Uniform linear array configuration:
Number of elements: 32
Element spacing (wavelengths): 0.75
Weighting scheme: blackman
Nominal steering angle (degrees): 15
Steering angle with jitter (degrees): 15.735
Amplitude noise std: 0.05
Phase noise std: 0.05

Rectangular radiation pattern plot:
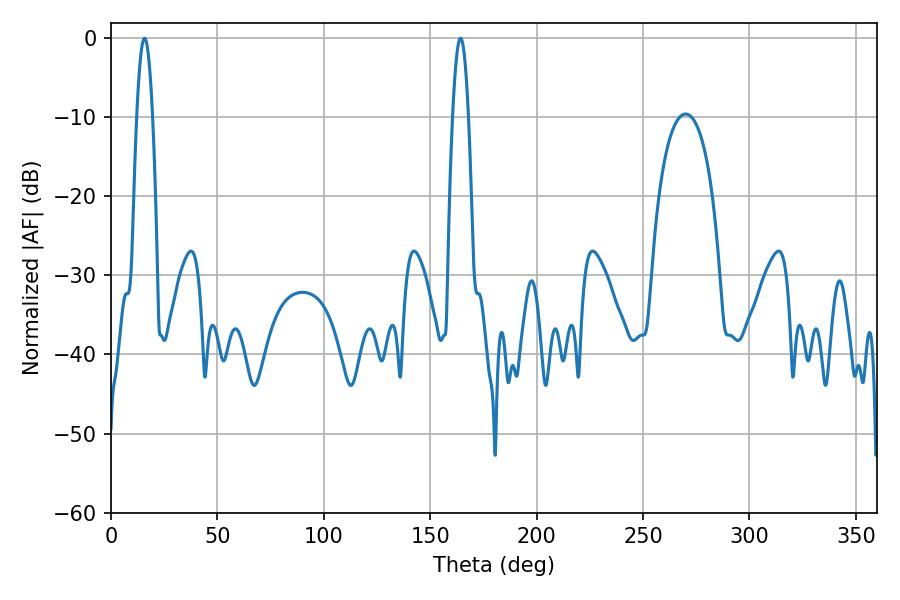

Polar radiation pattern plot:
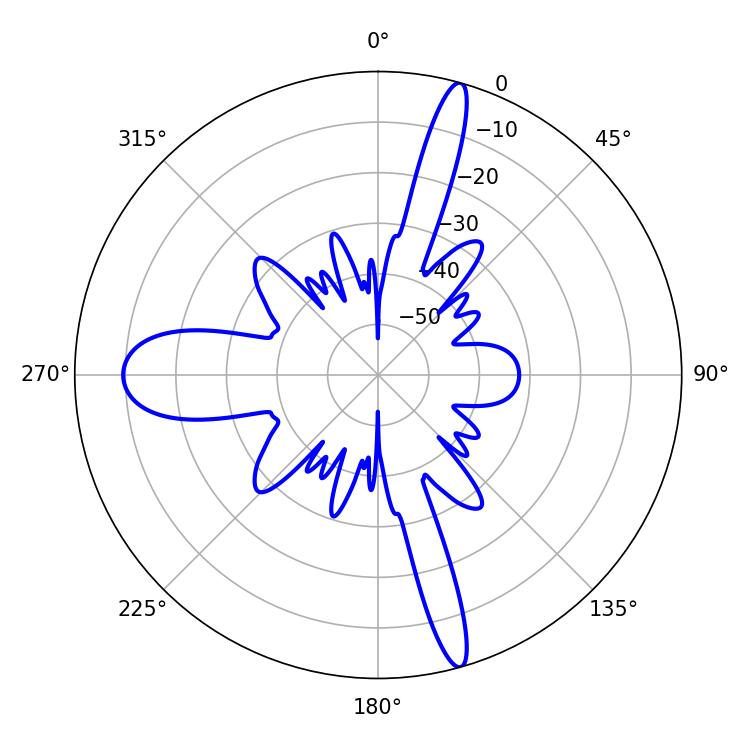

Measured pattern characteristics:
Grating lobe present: TRUE
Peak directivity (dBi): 21.773
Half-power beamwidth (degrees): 4.14
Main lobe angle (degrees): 164.16